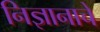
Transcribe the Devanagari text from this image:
निज्ञानाचे